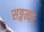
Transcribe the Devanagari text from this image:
सङ्गत्याः